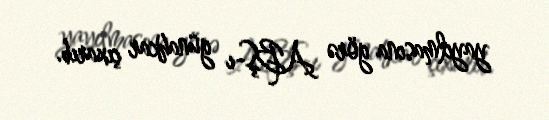
yayılmasına görə ABŞ-ı günahkar çıxarıb.